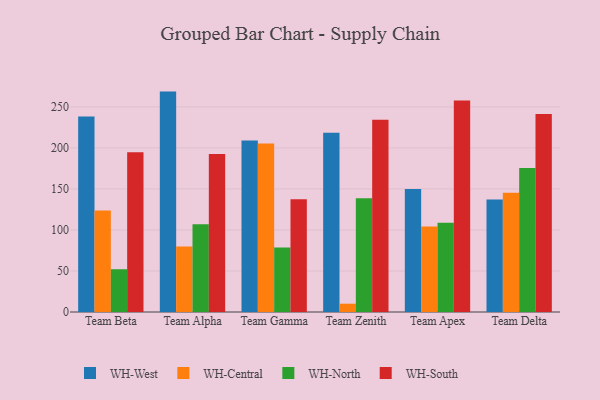
{"axis": {"x": "Team", "y": "Temperature (°C)"}, "legend": ["WH-Central", "WH-North", "WH-South", "WH-West"], "data": [{"x": "Team Beta", "y": 238.3, "type": "WH-West"}, {"x": "Team Beta", "y": 123.8, "type": "WH-Central"}, {"x": "Team Beta", "y": 52.1, "type": "WH-North"}, {"x": "Team Beta", "y": 194.6, "type": "WH-South"}, {"x": "Team Alpha", "y": 268.6, "type": "WH-West"}, {"x": "Team Alpha", "y": 79.8, "type": "WH-Central"}, {"x": "Team Alpha", "y": 106.9, "type": "WH-North"}, {"x": "Team Alpha", "y": 192.6, "type": "WH-South"}, {"x": "Team Gamma", "y": 209.1, "type": "WH-West"}, {"x": "Team Gamma", "y": 205.2, "type": "WH-Central"}, {"x": "Team Gamma", "y": 78.7, "type": "WH-North"}, {"x": "Team Gamma", "y": 137.5, "type": "WH-South"}, {"x": "Team Zenith", "y": 218.4, "type": "WH-West"}, {"x": "Team Zenith", "y": 10.1, "type": "WH-Central"}, {"x": "Team Zenith", "y": 138.7, "type": "WH-North"}, {"x": "Team Zenith", "y": 234.3, "type": "WH-South"}, {"x": "Team Apex", "y": 149.8, "type": "WH-West"}, {"x": "Team Apex", "y": 104.2, "type": "WH-Central"}, {"x": "Team Apex", "y": 108.7, "type": "WH-North"}, {"x": "Team Apex", "y": 257.7, "type": "WH-South"}, {"x": "Team Delta", "y": 137.0, "type": "WH-West"}, {"x": "Team Delta", "y": 145.2, "type": "WH-Central"}, {"x": "Team Delta", "y": 175.4, "type": "WH-North"}, {"x": "Team Delta", "y": 241.3, "type": "WH-South"}]}